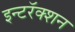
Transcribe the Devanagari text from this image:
इन्टरॅक्शन